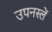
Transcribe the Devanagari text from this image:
उपनस्लें